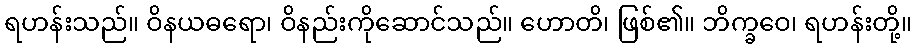
ရဟန်းသည်။ ဝိနယဓရော၊ ဝိနည်းကိုဆောင်သည်။ ဟောတိ၊ ဖြစ်၏။ ဘိက္ခဝေ၊ ရဟန်းတို့။